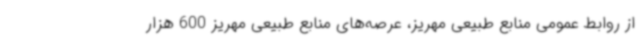
از روابط عمومی منابع طبیعی مهریز، عرصه‌های منابع طبیعی مهریز 600 هزار